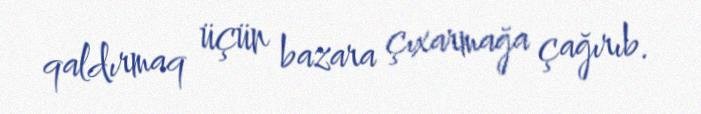
qaldırmaq üçün bazara çıxarmağa çağırıb.